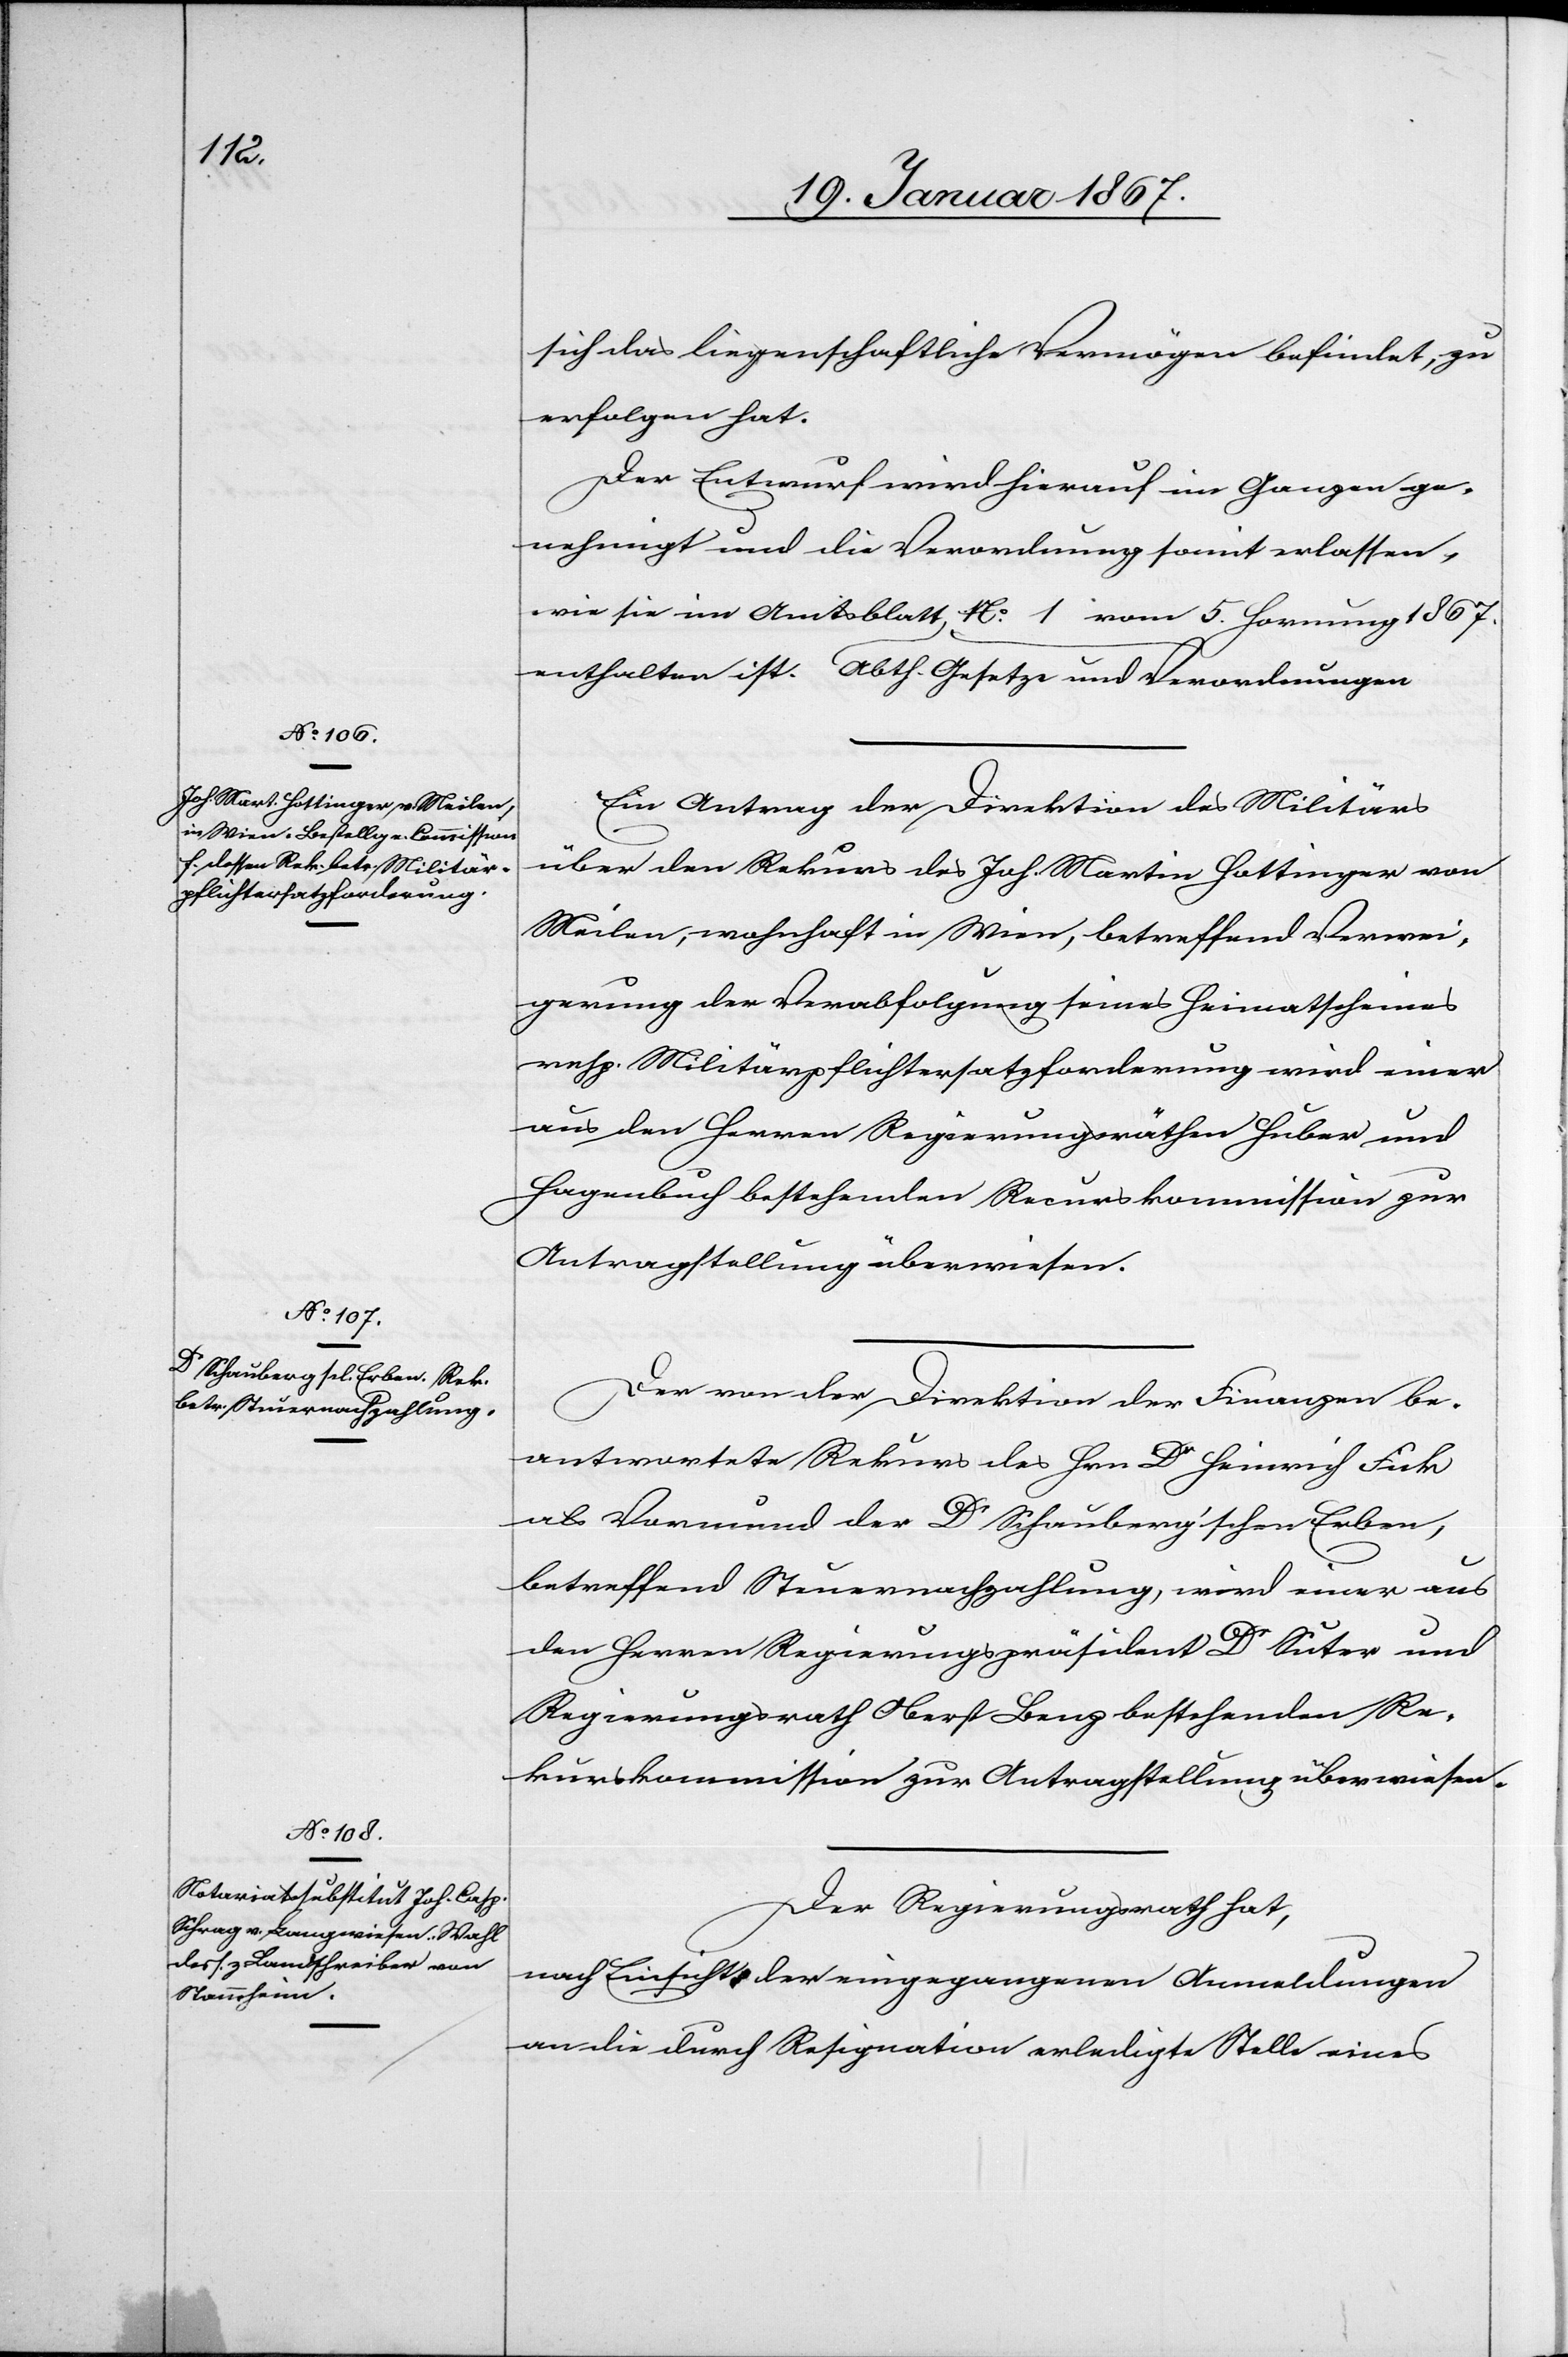
1867

enthalten ist.
sich das liegenschaftliche Vermögen befindet, zu
erfolgen hat.“
Der Entwurf wird hierauf im Ganzen ge¬
nehmigt und die Verordnung somit erlassen,
wie sie im Amtsblatt Abth. Gesetze und Verordnungen No 1
Ein Antrag der Direktion des Militärs
über den Rekurs des Joh. Martin Hottinger von
Meilen, wohnhaft in Wien, betreffend Verwei¬
gerung der Verabfolgung seines Heimatscheines
resp. Militärpflichtersatzforderung wird einer
aus den Herren Regierungsräthen Huber und
Hagenbuch bestehenden Recurskommission zur
Antragstellung überwiesen.
Der von der Direktion der Finanzen be¬
antwortete Rekurs des Hrn. Dr Heinrich Fak
als Vormund der Dr Schauberg’schen Erben,
betreffend Steuernachzahlung, wird einer aus
den Herren Regierungspräsident Dr Suter und
Regierungsrath Oberst Lenz bestehenden Re¬
kurskommission zur Antragstellung überwiesen.
Der Regierungsrath hat,
nach Einsicht der eingegangenen Anmeldungen
an die durch Resignation erledigte Stelle eines